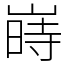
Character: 嵵